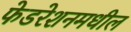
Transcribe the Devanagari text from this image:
फेडरेशनमधील